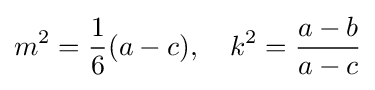
m^{2}={\frac {1}{6}}(a-c),\quad k^{2}={\frac {a-b}{a-c}}